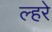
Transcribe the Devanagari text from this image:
ल्हरे